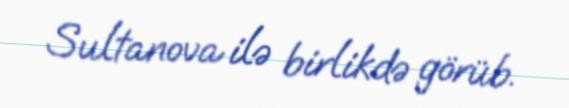
Sultanova ilə birlikdə görüb.